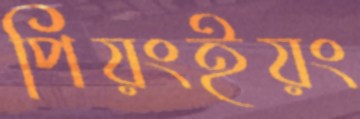
পিয়ংইয়ং